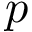
p